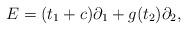
LaTeX: \begin{align*}E = (t_{1} + c) \partial_{1} + g(t_{2}) \partial_{2},\end{align*}